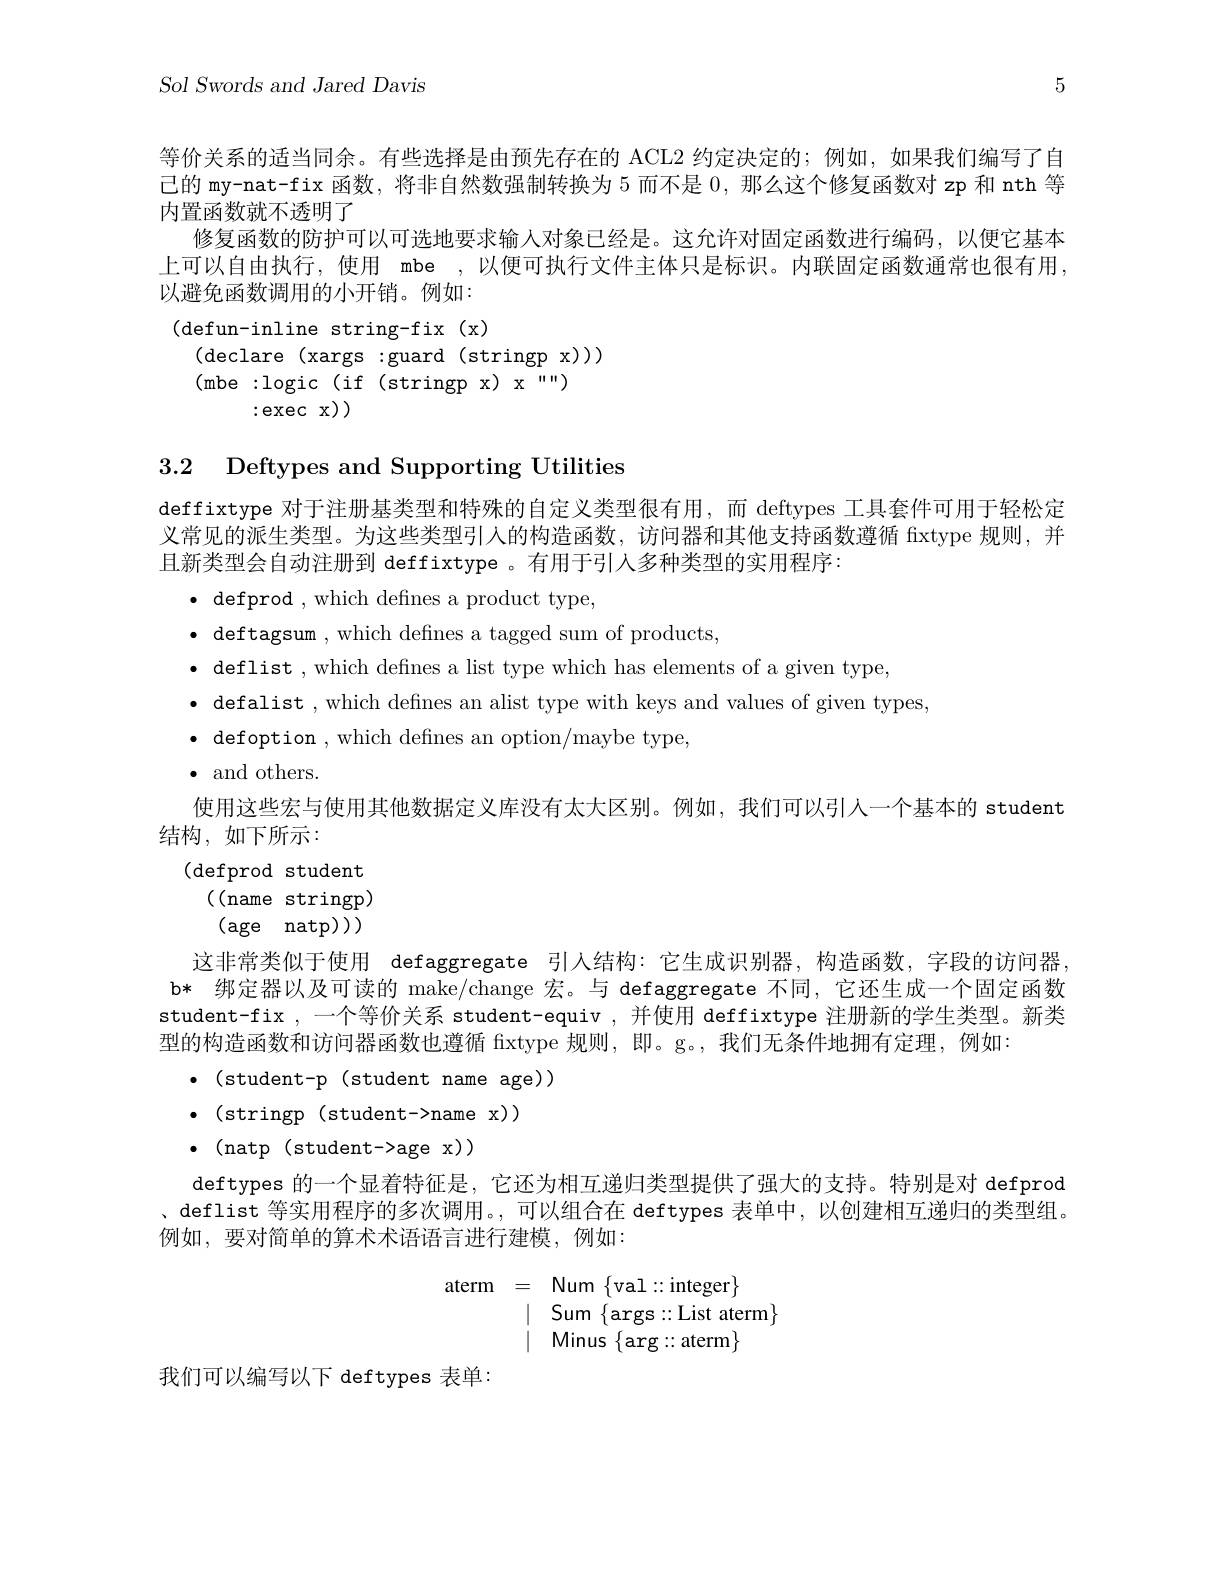
$Sol~Swords~and~Jared~Davis$

5

等价关系的适当同余。有些选择是由预先存在的 ACL2 约定决定的；例如，如果我们编写了自已的 my-nat-fix 函数，将非自然数强制转换为 5 而不是0，那么这个修复函数对 zp 和 nth 等内置函数就不透明了
修复函数的防护可以可选地要求输人对象已经是。这允许对固定函数进行编码，以便它基本上可以自由执行，使用 mbe , 以便可执行文件主体只是标识。内联固定函数通常也很有用， 以避免函数调用的小开销。例如： (defun-inline string-fix(x)
(declare (xargs:guard(stringp x)))
(mbe:logic(if(stringpx$) \mathrm{x} ^\text{“ }\prime \prime )$
:exec x))

3.2 Deftypes and Supporting Utilities

deffixtype 对于注册基类型和特殊的自定义类型很有用，而 deftypes 工具套件可用于轻松定义常见的派生类型。为这些类型引人的构造函数，访问器和其他支持函数遵循 fixtype 规则，并且新类型会自动注册到 deffixtype 。有用于引人多种类型的实用程序：
$\bullet$ defprod , which defnes a product type,
$\bullet$ deftagsum , which defnes a tagged sum of products,
· deflist , which defines a list type which has elements of a given type,
· defalist , which defines an alist type with keys and values of given types
$\bullet$ defoption ,which defines an option/maybe type,
$\bullet$ and others.
使用这些宏与使用其他数据定义库没有太大区别。例如，我们可以引人一个基本的 student

结构，如下所示：
(defprod student
((name stringp) (age natp))
这非常类似于使用 defaggregate 引人结构：它生成识别器，构造函数，字段的访问器， b* 绑定器以及可读的 make/change 宏。与 defaggregate 不同，它还生成一个固定函数student-fix ,一个等价关系 student-equiv , 并使用 deffixtype 注册新的学生类型。新类型的构造函数和访问器函数也遵循 fixtype 规则，即。g。,我们无条件地拥有定理，例如：
$\bullet($student-p(student name age))
$\bullet$(stringp(student->name x))
$\bullet$(natp(student->age x))
deftypes 的一个显着特征是，它还为相互递归类型提供了强大的支持。特别是对 defprod 、deflist 等实用程序的多次调用。,可以组合在 deftypes 表单中，以创建相互递归的类型组。例如，要对简单的算术术语语言进行建模，例如：
$$\begin{array}{rcl}\text{aterm}&=&\text{Num}\{\text{val}::\text{integer}\}\\&|&\text{Sum}\{\text{args}::\text{List aterm}\}\\&|&\text{Minus}\{\text{arg}::\text{aterm}\}\end{array}$$
我们可以编写以下 deftypes 表单：